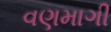
વણમાગી